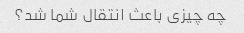
چه چیزی باعث انتقال شما شد؟